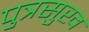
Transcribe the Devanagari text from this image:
पुत्रसुख